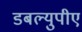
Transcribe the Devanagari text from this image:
डबल्युपीए